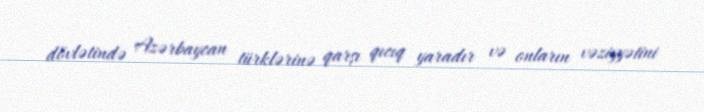
dövlətində Azərbaycan türklərinə qarşı qıcıq yaradır və onların vəziyyətini